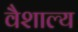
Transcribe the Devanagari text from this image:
वैशाल्य